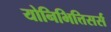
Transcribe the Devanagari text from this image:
योनिभित्तिसर्स